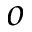
o